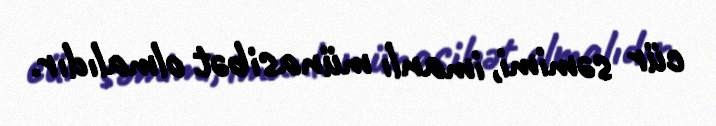
cür səmimi, imanlı münasibət olmalıdır.